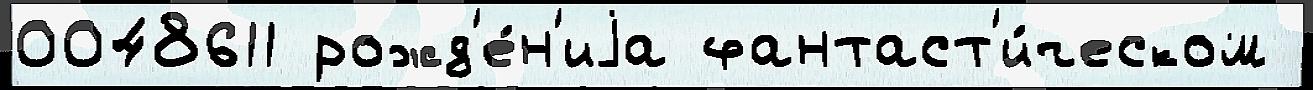
0048611 рожд'е́н'иjа фантаст'и́ческом